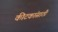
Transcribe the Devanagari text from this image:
कीटकांसाठी